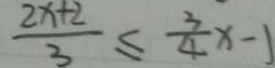
\frac { 2 x + 2 } { 3 } \leq \frac { 3 } { 4 } x - 1